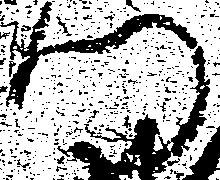
門